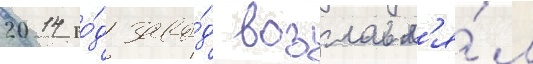
2014 го́д заво́д возглавл'я́л